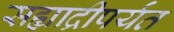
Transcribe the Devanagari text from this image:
सह्याद्रीपर्यंत